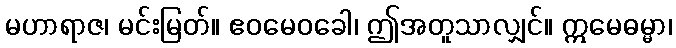
မဟာရာဇ၊ မင်းမြတ်။ ဧဝမေဝခေါ၊ ဤအတူသာလျှင်။ ဣမေဓမ္မာ၊